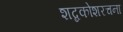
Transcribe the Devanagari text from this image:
शब्दकोशरचना